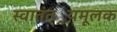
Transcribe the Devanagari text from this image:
स्वातंत््रयमूलक